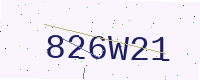
Text: 826W21